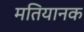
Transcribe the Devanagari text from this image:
मतियानक